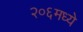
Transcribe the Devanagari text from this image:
२०६मध्ये